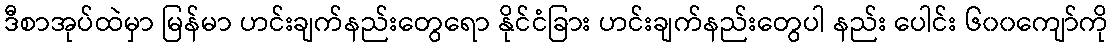
ဒီစာအုပ်ထဲမှာ မြန်မာ ဟင်းချက်နည်းတွေရော နိုင်ငံခြား ဟင်းချက်နည်းတွေပါ နည်း ပေါင်း ၆၀၀ကျော်ကို